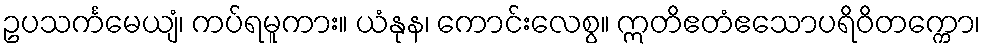
ဥပသင်္ကမေယျံ၊ ကပ်ရမူကား။ ယံနုန၊ ကောင်းလေစွ။ ဣတိဧတံဧသောပရိဝိတက္ကော၊